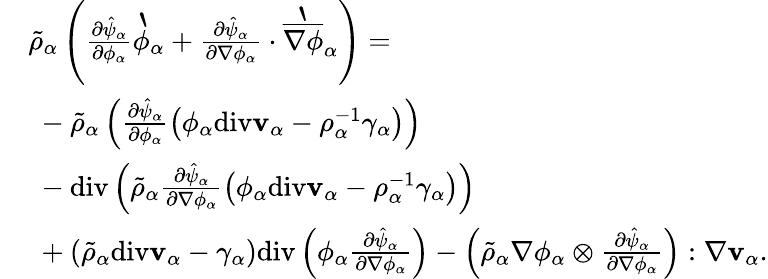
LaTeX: \begin{array}{rl}&{\tilde{\rho}_{\alpha}\left(\frac{\partial\hat{\psi}_{\alpha}}{\partial\phi_{\alpha}}\grave{\phi}_{\alpha}+\frac{\partial\hat{\psi}_{\alpha}}{\partial\nabla\phi_{\alpha}}\cdot\grave{\overline{{\nabla\phi}}}_{\alpha}\right)=}\\ &{~-\tilde{\rho}_{\alpha}\left(\frac{\partial\hat{\psi}_{\alpha}}{\partial\phi_{\alpha}}\left(\phi_{\alpha}\mathrm{div}\mathbf{v}_{\alpha}-\rho_{\alpha}^{-1}\gamma_{\alpha}\right)\right)}\\ &{~-\mathrm{div}\left(\tilde{\rho}_{\alpha}\frac{\partial\hat{\psi}_{\alpha}}{\partial\nabla\phi_{\alpha}}\left(\phi_{\alpha}\mathrm{div}\mathbf{v}_{\alpha}-\rho_{\alpha}^{-1}\gamma_{\alpha}\right)\right)}\\ &{~+\left(\tilde{\rho}_{\alpha}\mathrm{div}\mathbf{v}_{\alpha}-\gamma_{\alpha}\right)\mathrm{div}\left(\phi_{\alpha}\frac{\partial\hat{\psi}_{\alpha}}{\partial\nabla\phi_{\alpha}}\right)-\left(\tilde{\rho}_{\alpha}\nabla\phi_{\alpha}\otimes\frac{\partial\hat{\psi}_{\alpha}}{\partial\nabla\phi_{\alpha}}\right):\nabla\mathbf{v}_{\alpha}.}\end{array}